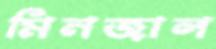
মিনজাল